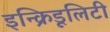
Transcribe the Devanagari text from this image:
इन्क्रिडूलिटी